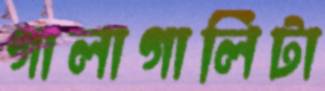
গালাগালিটা